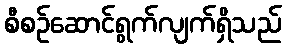
စီစဉ်ဆောင်ရွက်လျက်ရှိသည်